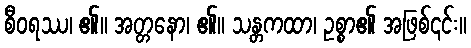
စီဝရဿ၊ ၏။ အတ္တနော၊ ၏။ သန္တကထာ၊ ဥစ္စာ၏ အဖြစ်၎င်း။